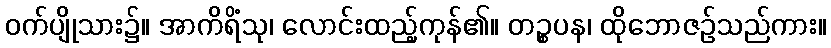
ဝက်ပျိုသား၌။ အာကိရိံသု၊ လောင်းထည့်ကုန်၏။ တဉ္စပန၊ ထိုဘောဇဉ်သည်ကား။